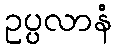
ဥပ္ပလာနံ